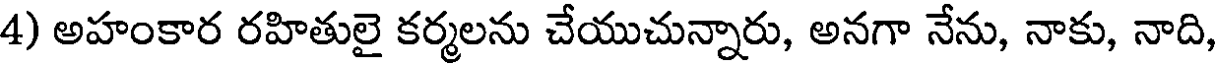
4) అహంకార రహితులై కర్మలను చేయుచున్నారు, అనగా నేను, నాకు, నాది,